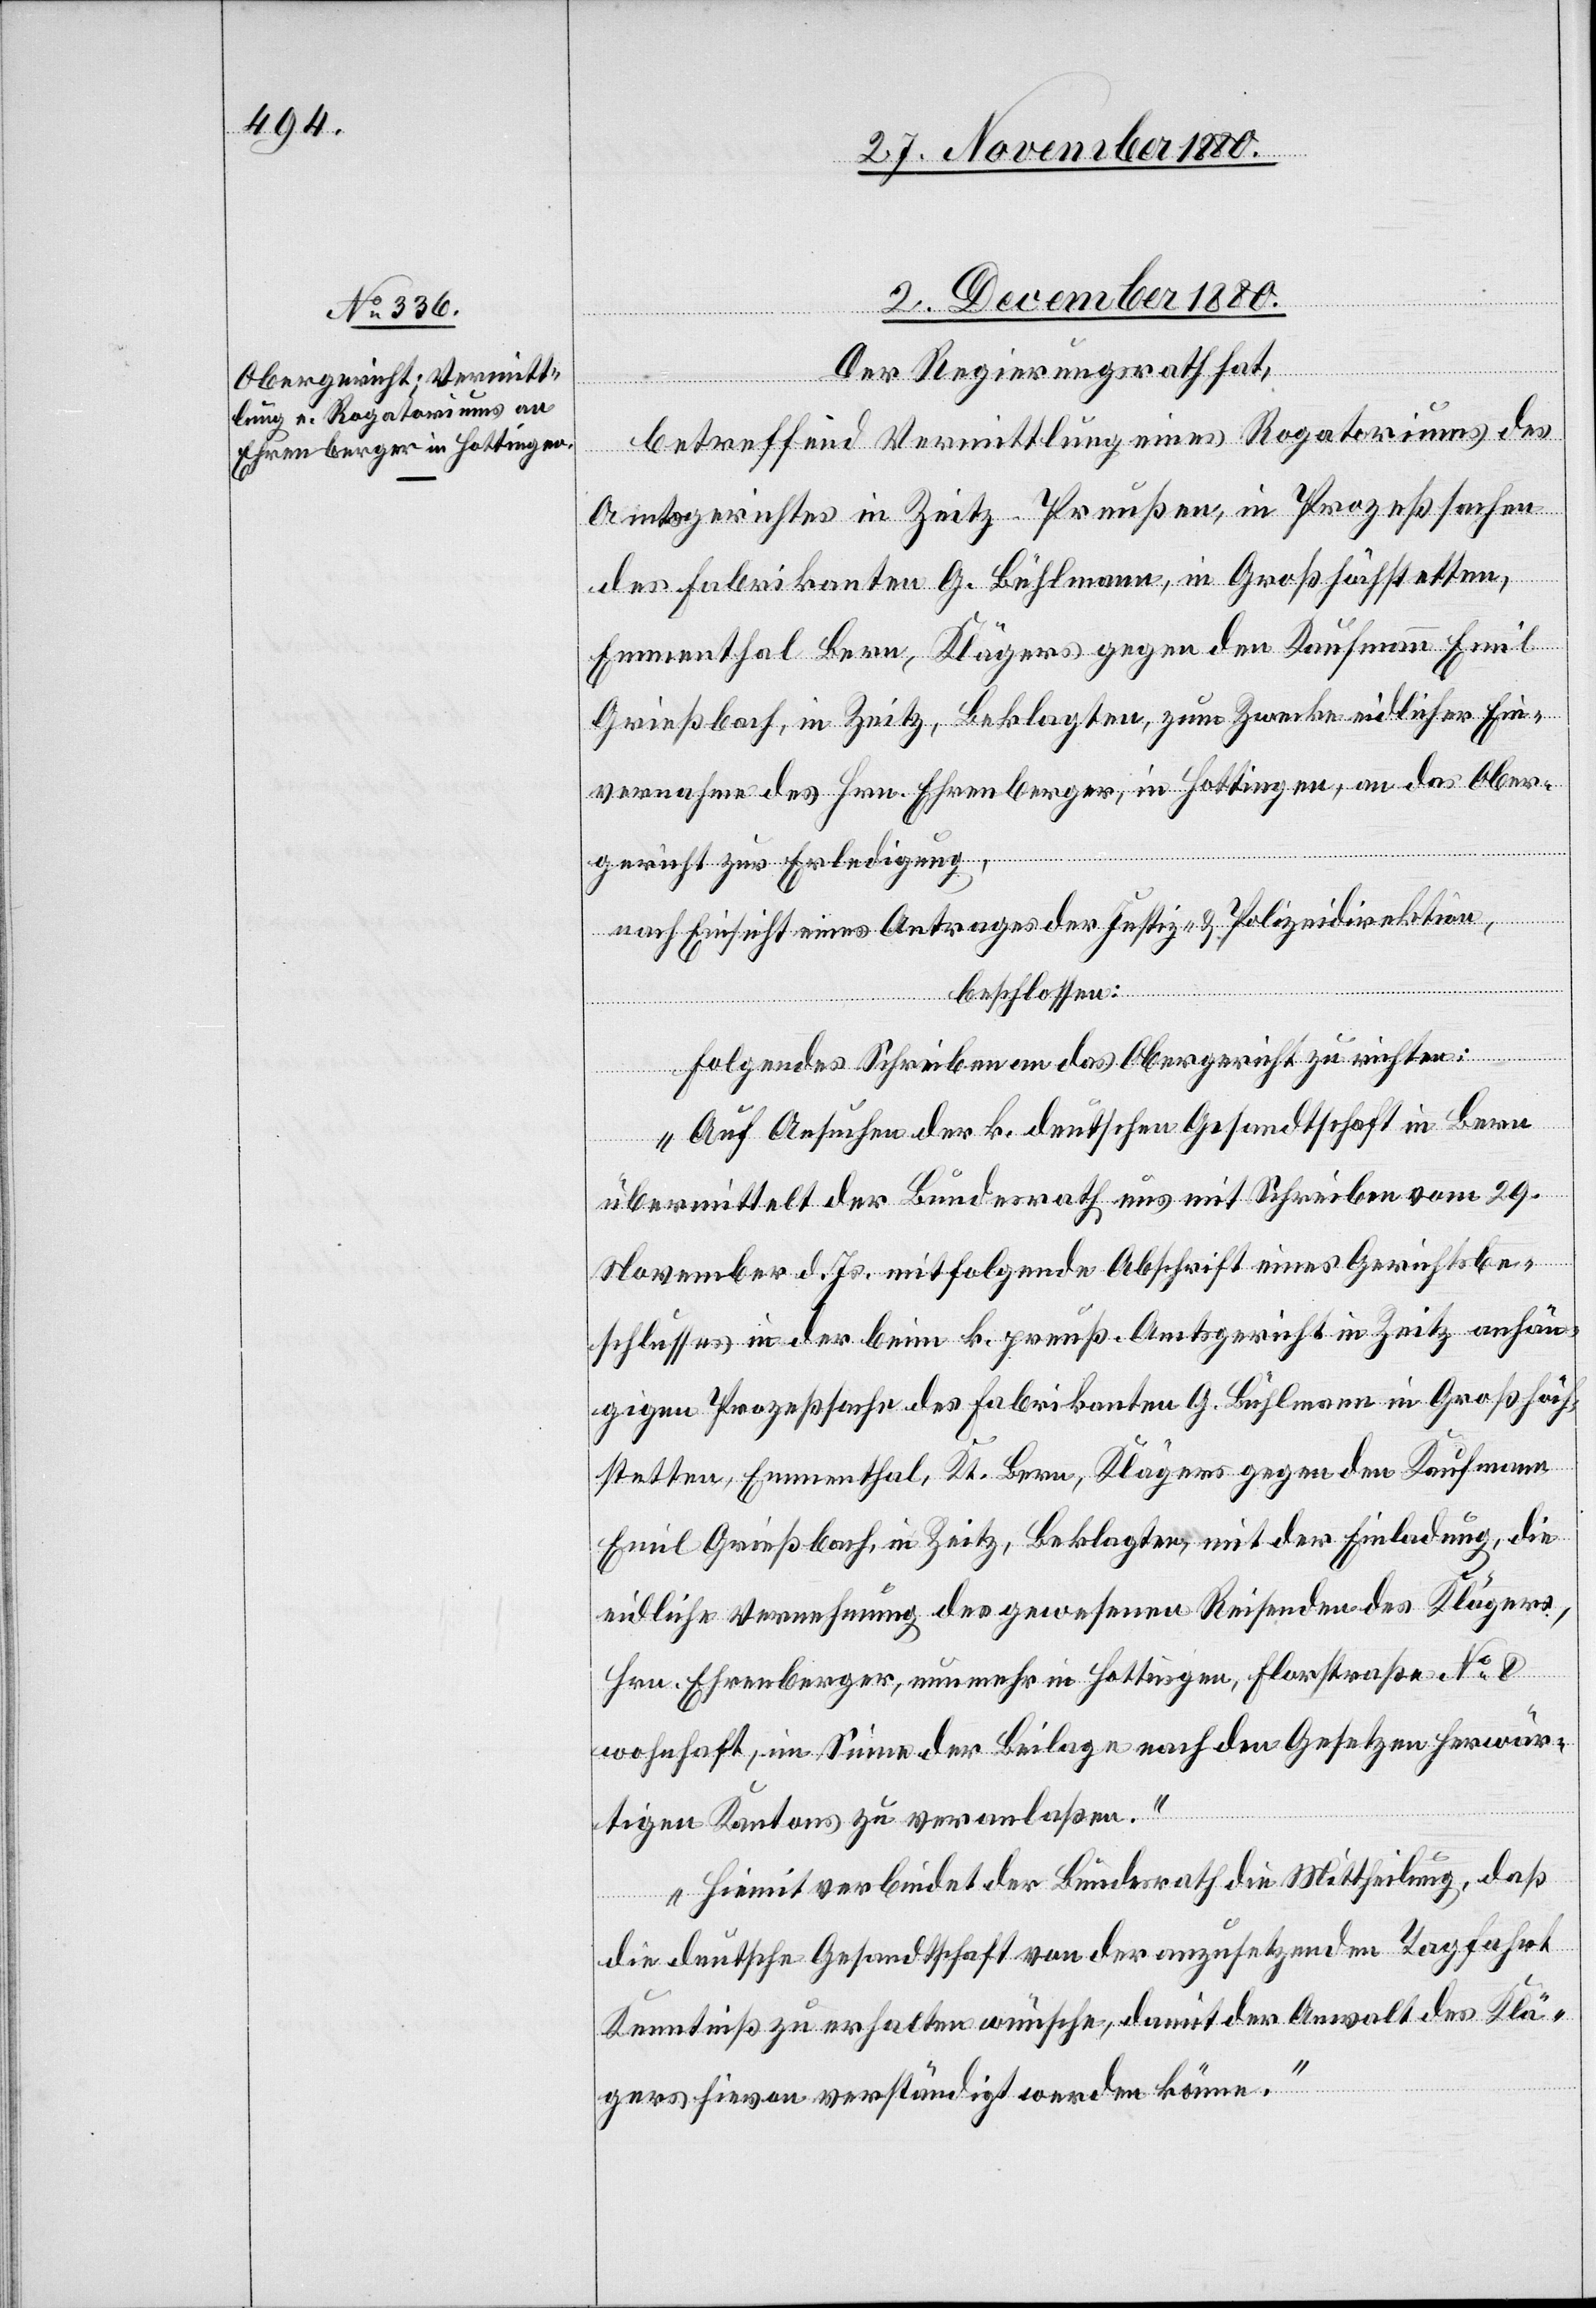
fügungen]
2. Dezember 1880.
Der Regierungsrath hat,
[Präsidial-Ver¬
betreffend Vermittlungen eines Rogatoriums des
Amtsgerichtes in Zeitz - Preußen, in Prozeßsachen
des Fabrikanten G. Bühlmann, in Großhöchstetten,
Emmenthal Bern, Klägers gegen den Kaufmann Emil
Grießbach, in Zeitz, Beklagten zum Zwecke eidlicher Ein¬
vernahme des Hrn. Ehrensberger, in Hottingen, an das Ober¬
gericht zur Erledigung,
nach Einsicht eines Antrages der Justiz- & Polizeidirektion,
beschlossen:
Folgendes Schreiben an das Obergericht zu richten:
„Auf Ansuchen der k. deutschen Gesandtschaft in Bern
übermittelt der Bundesrath uns mit Schreiben vom 29.
November d. Js. mitfolgende Abschrift eines Gerichtsbe¬
schlusses in der beim k. preuß. Amtsgericht in Zeitz anhän¬
gigen Prozeßsache des Fabrikanten G. Bühlmann in Großhöch¬
stetten, Emmenthal, Kt. Bern, Klägers gegen den Kaufmann
Emil Grießbach, in Zeitz, Beklagten, mit der Einladung, die
eidliche Vernehmung des gewesenen Reisenden des Klägers,
Hrn. Ehrensberger, nunmehr in Hottingen, Florstraße No 8
wohnhaft, im Sinne der Beilage nach den Gesetzen herwär¬
tigen Kantons zu veranlaßen.
Hiemit verbindet der Bundesrath die Mittheilung, daß
die deutsche Gesandtschaft von der anzusetzenden Tagfahrt
Kenntniß zu erhalten wünsche, damit der Anwalt des Klä¬
gers hievon verständigt werden könne.